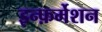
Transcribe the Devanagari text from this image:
इन्फ़र्मेशन